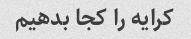
کرایه را کجا بدهیم